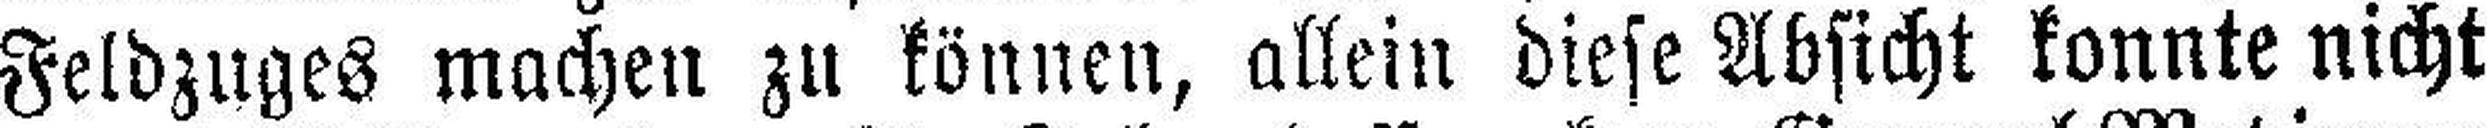
Feldzuges machen zu können, allein diese Absicht konnte nicht